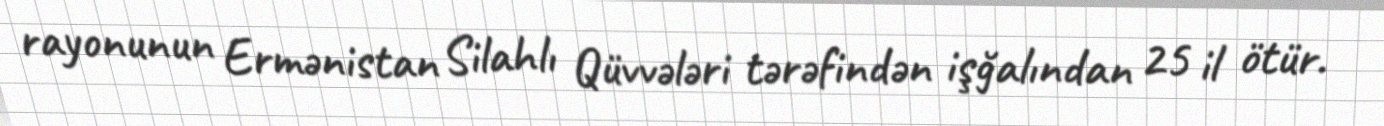
rayonunun Ermənistan Silahlı Qüvvələri tərəfindən işğalından 25 il ötür.